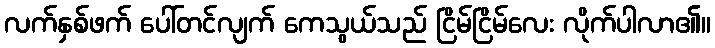
လက်နှစ်ဖက် ပေါ်တင်လျက် ကေသွယ်သည် ငြိမ်ငြိမ်လေး လိုက်ပါလာ၏။